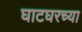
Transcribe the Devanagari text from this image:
घाटघरच्या